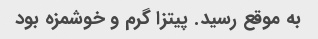
به موقع رسید. پیتزا گرم و خوشمزه بود